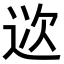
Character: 𨒮